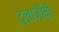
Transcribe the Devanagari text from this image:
दत्ताजींची